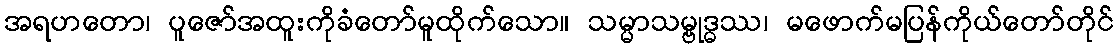
အရဟတော၊ ပူဇော်အထူးကိုခံတော်မူထိုက်သော။ သမ္မာသမ္ဗုဒ္ဓဿ၊ မဖောက်မပြန်ကိုယ်တော်တိုင်